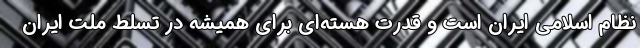
نظام اسلامی ایران است و قدرت هسته‌ای برای همیشه در تسلط ملت ایران